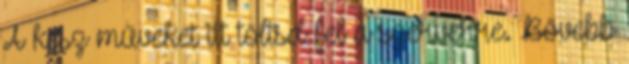
A kész műveket itt töltsd fel a szerverre. Bővebb